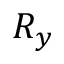
R _ { y }